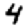
Digit: 4